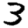
Digit: 3